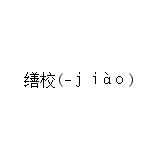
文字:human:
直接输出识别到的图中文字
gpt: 缮校(-ｊｉàｏ)